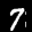
Label: 7